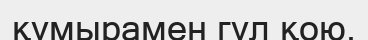
құмырамен гүл қою.